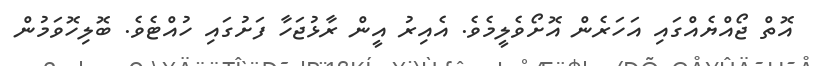
އޮތް ޖޯއްޔެއްގައި އަހަރެން އޮށޯވެލީމެވެ. އެއިރު އީން ރާޅުޖަހާ ފަށުގައި ހުއްޓެވެ. ބޮލިހޮވަމުން